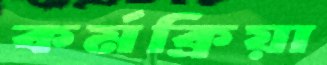
কর্মক্রিয়া